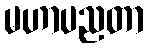
မဟာပညတာ